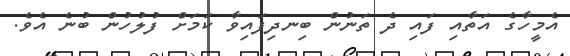
އެމީހާގެ އަތާއި ފައި ދެ ތަނުން ބިނދިފައިވާ ކަމަށް ފުލުހުން ބުނެ އެވެ.